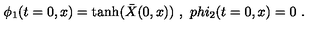
\phi _ { 1 } ( t = 0 , x ) = \tanh ( { \bar { X } } ( 0 , x ) ) \ , \ p h i _ { 2 } ( t = 0 , x ) = 0 \ .